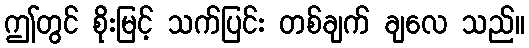
ဤတွင် စိုးမြင့် သက်ပြင်း တစ်ချက် ချလေ သည်။